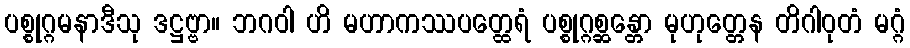
ပစ္စုဂ္ဂမနာဒီသု ဒဋ္ဌဗ္ဗာ။ ဘဂဝါ ဟိ မဟာကဿပတ္ထေရံ ပစ္စုဂ္ဂစ္ဆန္တော မုဟုတ္တေန တိဂါဝုတံ မဂ္ဂံ